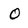
Character: o